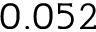
0 . 0 5 2